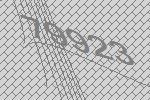
79923